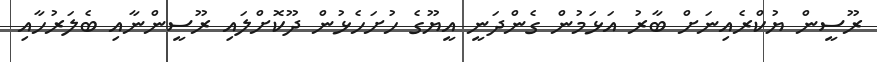
ރޫސީން ޔުކްރެއިނަށް ބާރު އަޅަމުން ގެންދަނީ އީޔޫގެ ހުށަހެޅުން ދޫކޮށްލައި ރޫސީންނާއި ބެލަރުހާއި